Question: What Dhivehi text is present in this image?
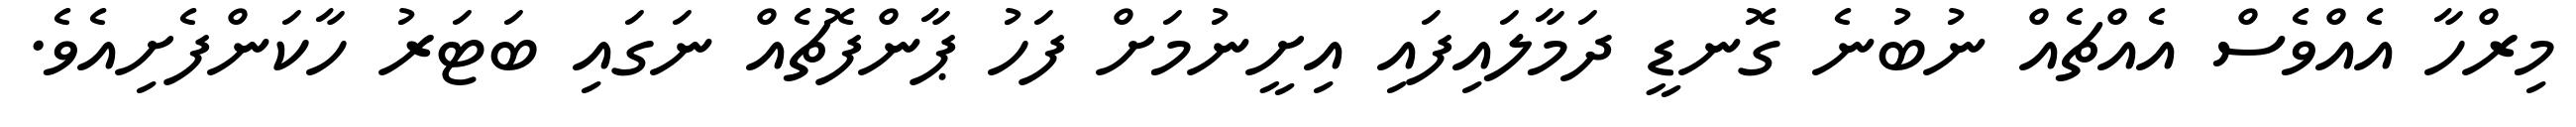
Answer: މިރްހާ އެއްވެސް އެއްޗެއް ނުބުނެ ގޮނޑީ ދަމާލައިފައި އިށީނުމަށް ފަހު ޕާންފޮޗެއް ނަގައި ބަޓަރު ހާކަންފެށިއެވެ.